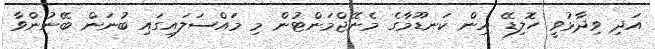
އަދި ވިދާޅުވީ ހޮލިޑޭ އިން ކަނޑޫމާގެ މެނޭޖްމަންޓުން މި މައްސަލައިގައި ބުނަން ބޭނުންވާ